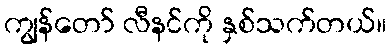
ကျွန်တော် လီနင်ကို နှစ်သက်တယ်။